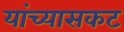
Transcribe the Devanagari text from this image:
यांच्यासकट